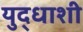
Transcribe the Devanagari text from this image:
युद्धाशी